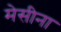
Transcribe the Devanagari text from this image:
मेसीना